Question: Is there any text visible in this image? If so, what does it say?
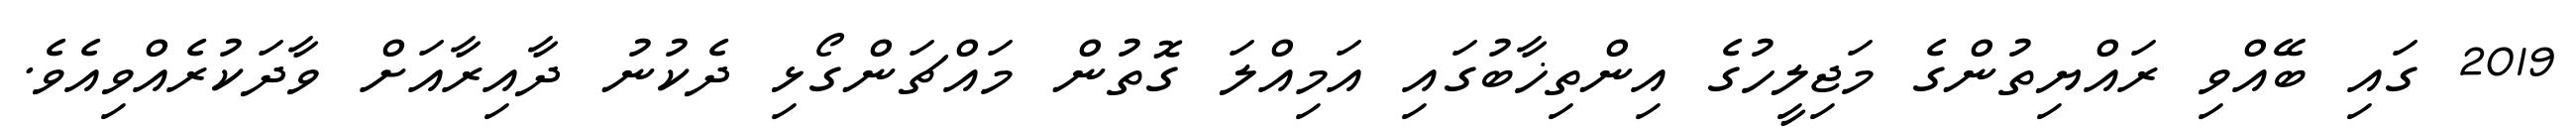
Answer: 2019 ގައި ބޭއްވި ރައްޔިތުންގެ މަޖިލީހުގެ އިންތިޚާބުގައި އަމިއްލަ ގޮތުން މައްޗަންގޯޅި ދެކުނު ދާއިރާއަށް ވާދަކުރެއްވިއެވެ.